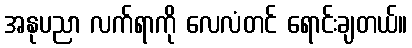
အနုပညာ လက်ရာကို လေလံတင် ရောင်းချတယ်။